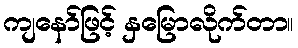
ကျနော်ဖြင့် နှမြောလိုက်တာ။